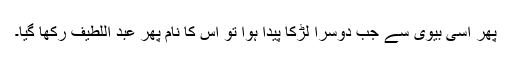
پھر اسی بیوی سے جب دوسرا لڑکا پیدا ہوا تو اس کا نام پھر عبد اللطیف رکھا گیا۔